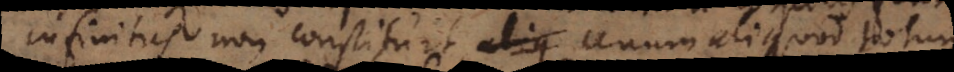
infinitus, non constituit aliq unum aliquod totum